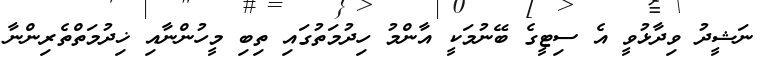
ނަޝީދު ވިދާޅުވީ އެ ސިޓީގެ ބޭނުމަކީ އާންމު ހިދުމަތުގައި ތިބި މީހުންނާއި ޚިދުމަތްތެރިންނާ